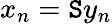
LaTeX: x_{n}=\mathtt{S}y_{n}